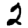
Digit: 2